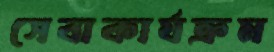
সেবাকার্যক্রম